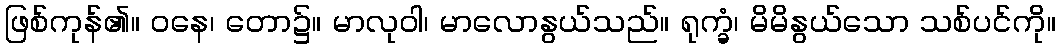
ဖြစ်ကုန်၏။ ဝနေ၊ တော၌။ မာလုဝါ၊ မာလောနွယ်သည်။ ရုက္ခံ၊ မိမိနွယ်သော သစ်ပင်ကို။